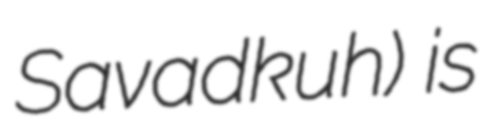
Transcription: Savadkuh) is